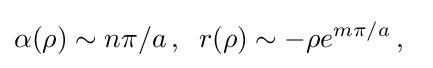
\alpha (\rho )\sim n\pi /a\,,\;\;r(\rho )\sim -\rho e^{m\pi /a}\,,\;\;